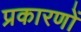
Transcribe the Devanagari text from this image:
प्रकारणों